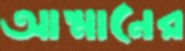
আম্মানের